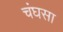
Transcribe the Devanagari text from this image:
चंघसा